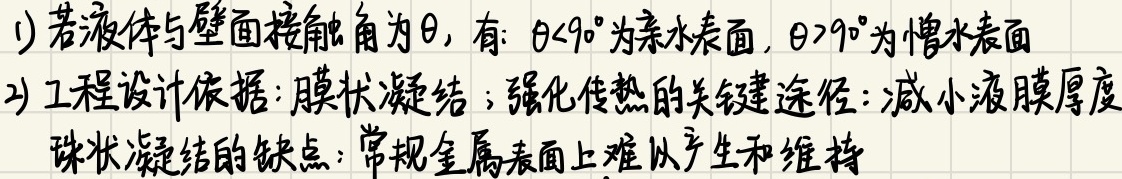
1) 若液体与壁面接触角为$\theta$，有：$\theta < 90^{\circ}$为亲水表面，$\theta > 90^{\circ}$为憎水表面
2) 工程设计依据：膜状凝结；强化传热的关键途径：减小液膜厚度
  珠状凝结的缺点：常规金属表面上难以产生和维持